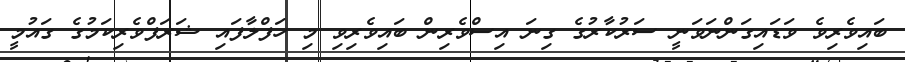
ބައިވެރިވެ ވަޑައިގަންނަވަނީ ސަރުކާރުގެ ގިނަ އިސްވެރިން ބައިވެރިވި މި ހަފްލާފައި ޝަރަފްވެރިކަމުގެ ގައުމީ